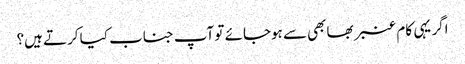
اگر یہی کام عنبر بھابھی سے ہوجائے تو آپ جناب کیا کرتے ہیں؟